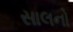
સાલનો